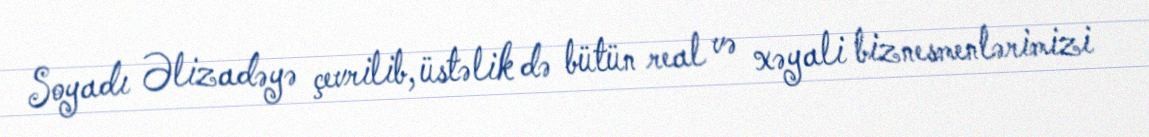
Soyadı Əlizadəyə çevrilib, üstəlik də bütün real və xəyali biznesmenlərimizi